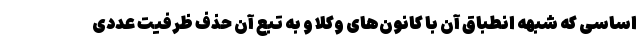
اساسی که شبهه انطباق آن با کانون‌های وکلا و به تبع آن حذف ظرفیت عددی